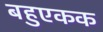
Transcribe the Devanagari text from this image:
बहुएकक